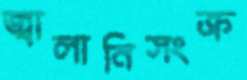
জ্বালানিসংক্র